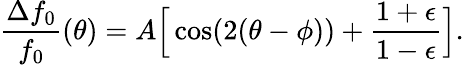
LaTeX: \frac{\Delta f_{0}}{f_{0}}(\theta)=A\Big[\cos(2(\theta-\phi))+\frac{1+\epsilon}{1-\epsilon}\Big].